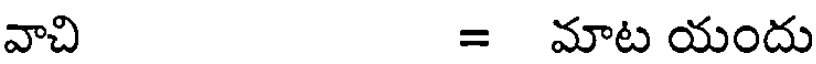
వాచి = మాట యందు